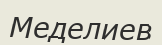
Меделиев